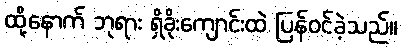
ထို့နောက် ဘုရား ရှိခိုးကျောင်းထဲ ပြန်ဝင်ခဲ့သည်။